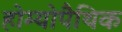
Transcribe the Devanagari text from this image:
होम्‍योपैथिक